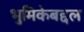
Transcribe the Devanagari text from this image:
भुमिकेबद्दल